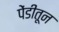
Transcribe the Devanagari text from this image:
पेंडीतून